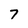
Character: 7